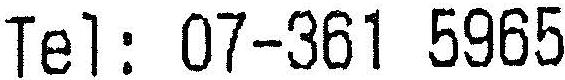
TEL: 07-361 5965